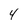
Character: 4